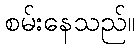
စမ်းနေသည်။